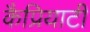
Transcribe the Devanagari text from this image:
कैप्रियाटी